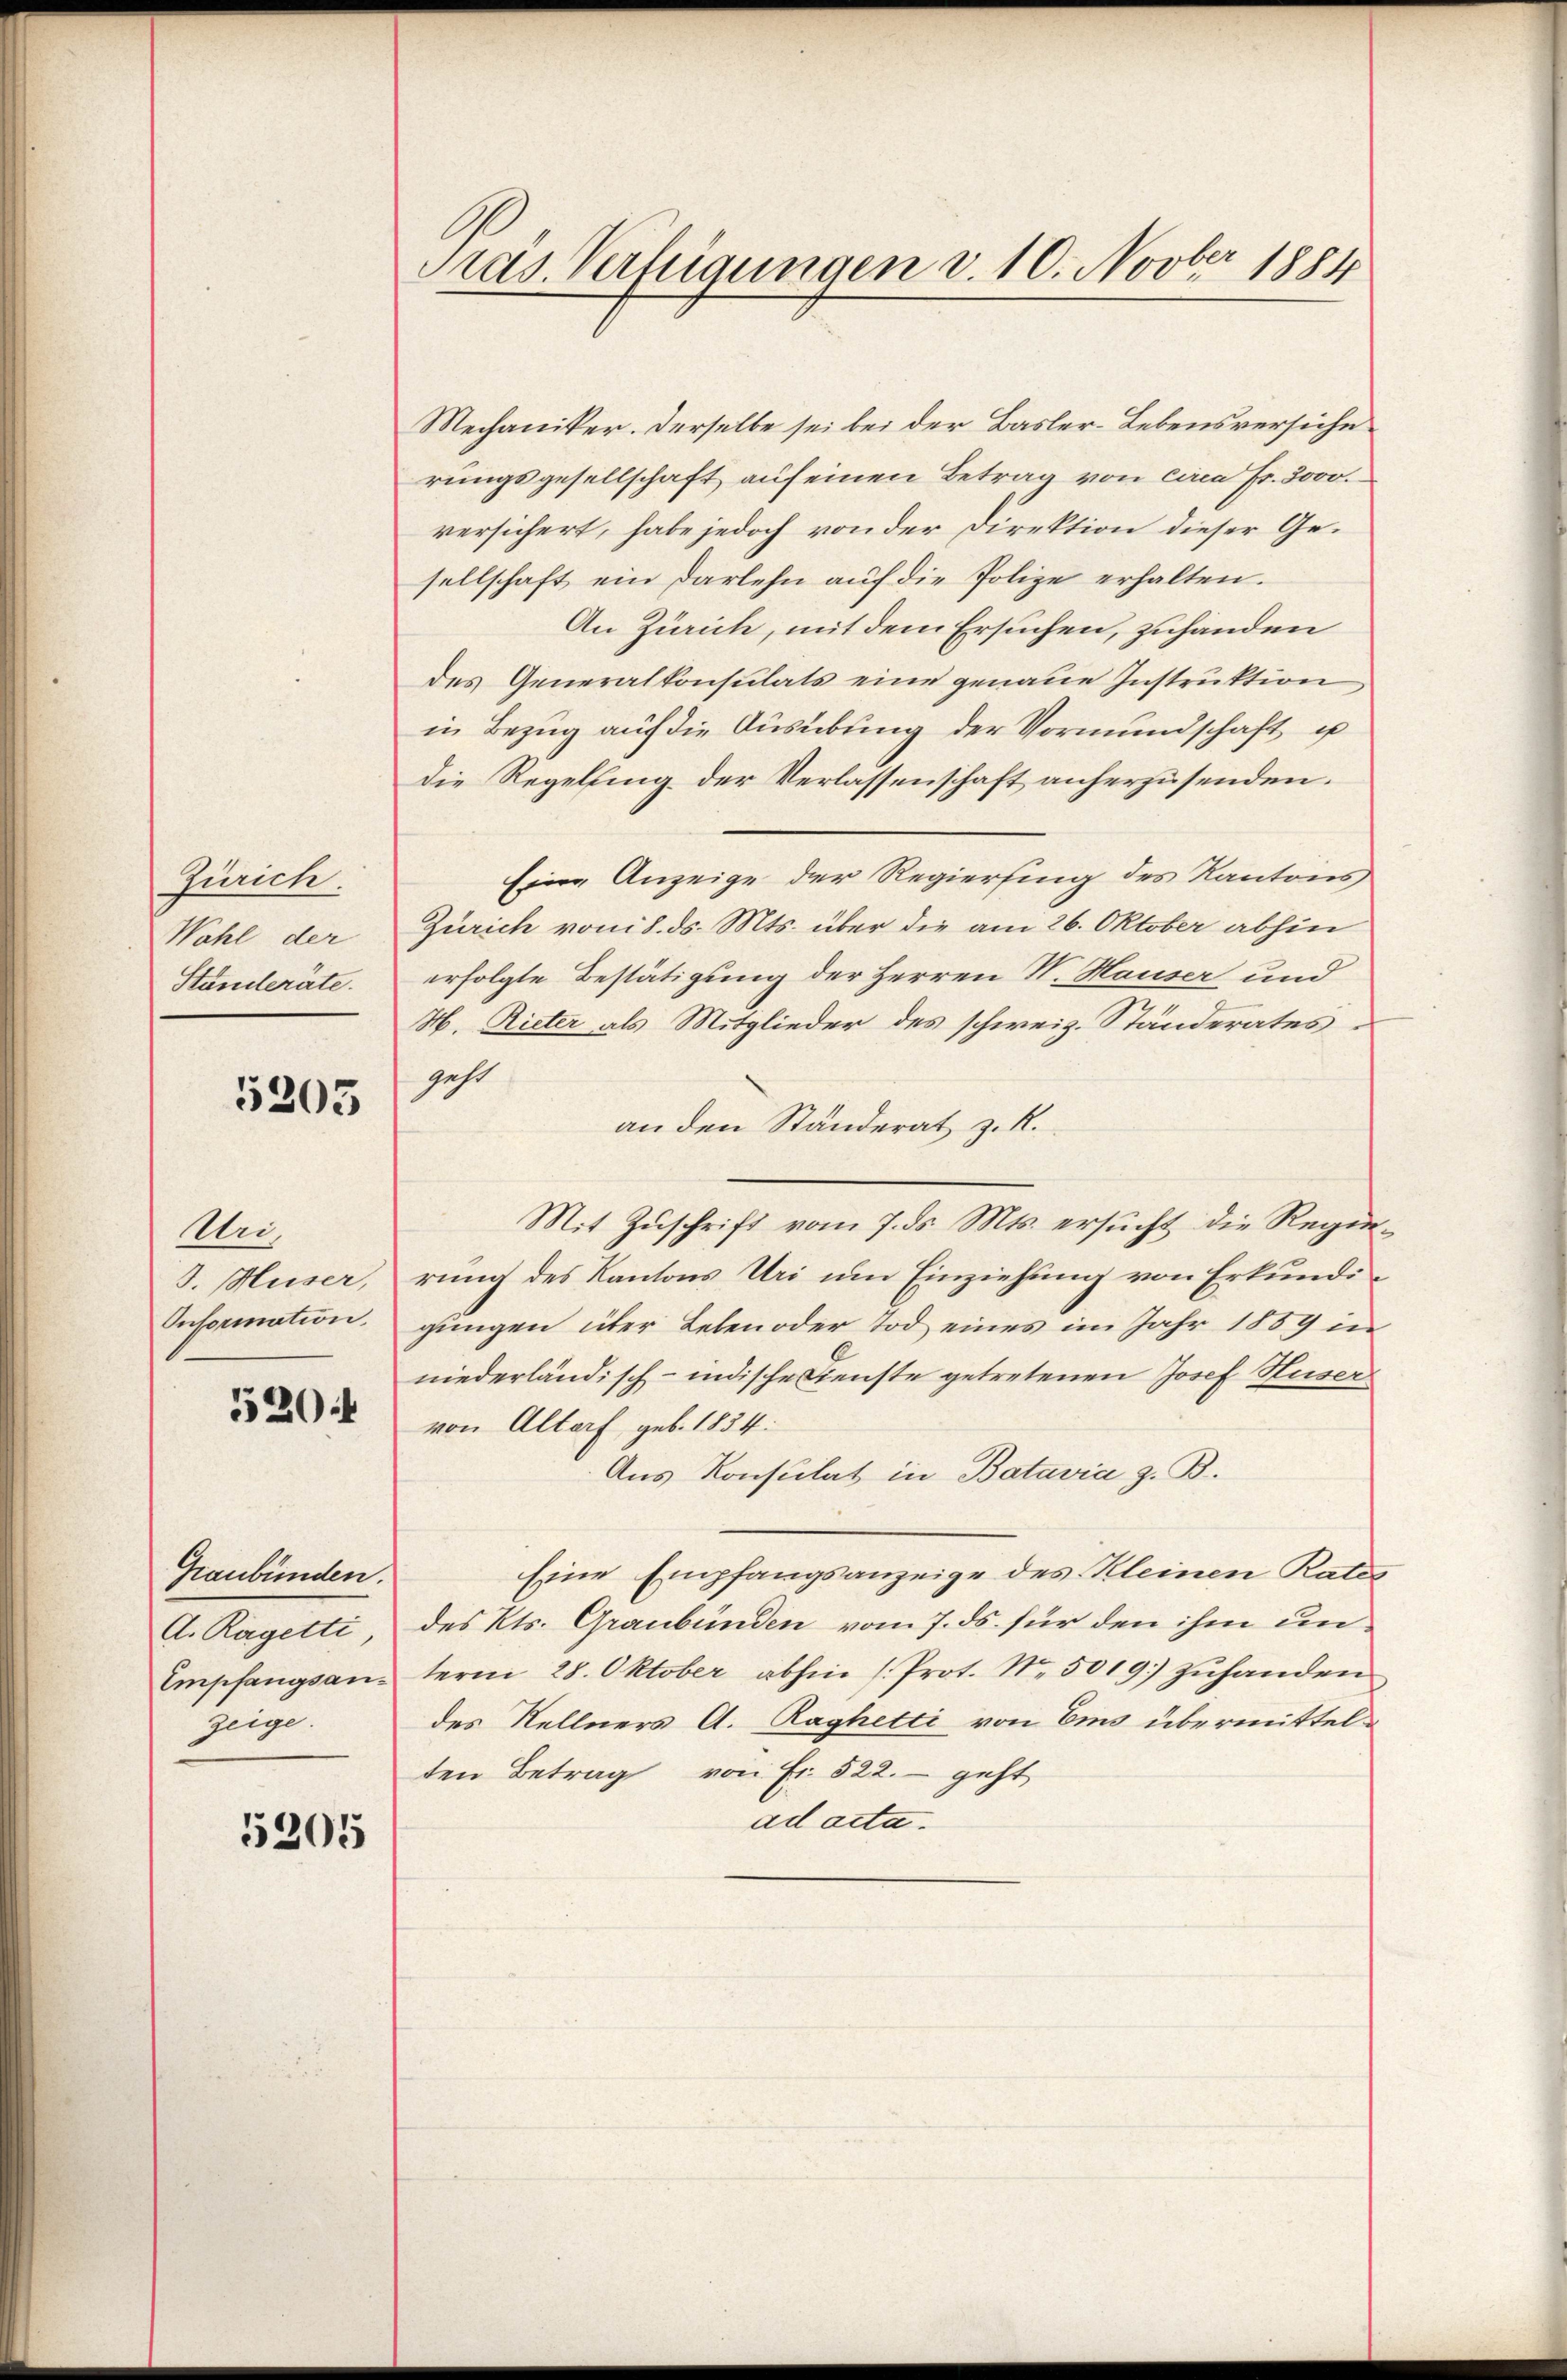
Zürich.
Wohl der
Standeräte.

5205

Un
3. Huser,
Onformation.

52044

Graubünden.
A. Ragetti
Empfangsanzeige.

5205

Pras. Verfügungen d. 10. Novber 1884

Mechaniker. Derselbe sei bei der Basler-Lebensversiche
rungsgesellschaft auf einen Betrag von circa Fr. 3000.
versichert, habe jedoch von der Direktion dieser Gesellschaft ein Darlehn auf die Polize erhalten.
An Zürich, mit dem Ersuchen, zuhänden
des Generalkonsulats eine genaue Instruktion
in Bezug auf die Ausübung der Vormundschaft u
die Regelfing der Verlassenschaft anherzusenden.
Eine Anzeige der Regierung des Kantons,
Zürich von 8. ds. Mts. über die am 26. Oktober abhin
erfolgte Bestätigung der Herren N. Hauser und
H. Rieter als Mitglieder des schweiz. Ständerates
geht
an den Ständerat z. R.
Mit Zŭschrift vom 7. ds. Mts. ersŭcht die Regierung des Kantons Uri um Einziehung von Erkundigungen über Leben oder Tod eines im Jahr 1889 in
niederländisch-indische Dienste getretenen Josef Huser
von Altorf, geb. 1854.
Aus Konsulat in Batavia z. B.
Eine Empfangsanzeige des Kleinen Rates
des Kts. Graubünden vom 7. ds. für den ihm unterm 28. Oktober abhin (Prot. N. 5019 zŭhanden
des Kellners A. Raghetti von Ems übermittelten Betrag von Fr. 522. geht
ad acta.